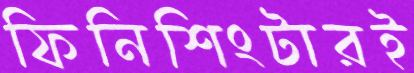
ফিনিশিংটারই